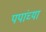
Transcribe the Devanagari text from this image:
पपांच्या